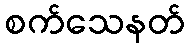
စက်သေနတ်